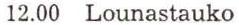
12.00 Lounastauko